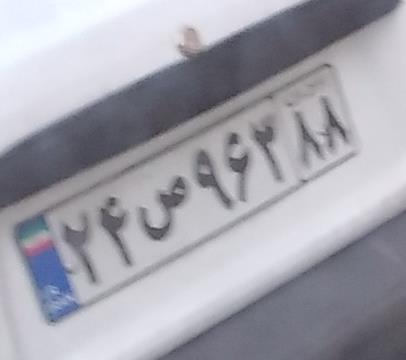
۲۴ص۹۶۳۸۸